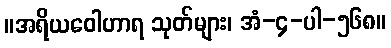
။အရိယဝေါဟာရ သုတ်များ၊ အံ-၄-ပါ-၅၆၈။